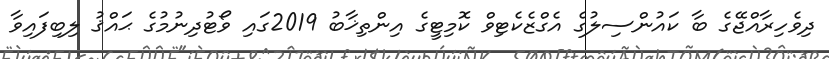
ދިވެހިރާއްޖޭގެ ބާ ކައުންސިލުގެ އެގްޒެކެޓިވް ކޮމިޓީގެ އިންތިޚާބު 2019ގައި ވޯޓުދިނުމުގެ ޙައްޤު ލިބިފައިވާ